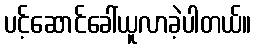
ပင့်ဆောင်ခေါ်ယူလာခဲ့ပါတယ်။